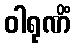
ဝါရုဏိံ